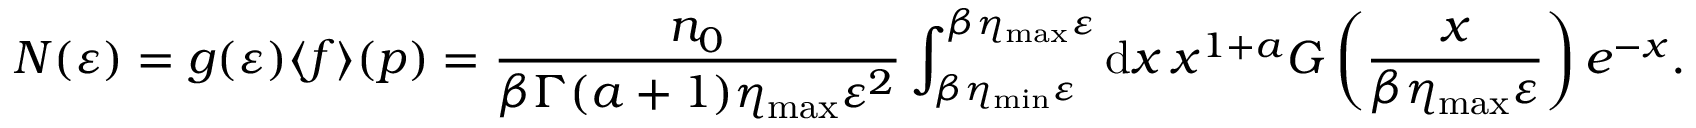
N ( \varepsilon ) = g ( \varepsilon ) \langle f \rangle ( \boldsymbol { p } ) = \frac { n _ { 0 } } { \beta \Gamma ( a + 1 ) \eta _ { \mathrm { m a x } } \varepsilon ^ { 2 } } \int _ { \beta \eta _ { \mathrm { m i n } } \varepsilon } ^ { { \beta \eta _ { \mathrm { m a x } } \varepsilon } } \mathrm { d } x \, x ^ { 1 + a } G \left( \frac { x } { \beta \eta _ { \mathrm { m a x } } \varepsilon } \right) e ^ { - x } .